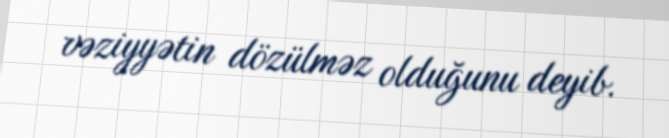
vəziyyətin dözülməz olduğunu deyib.